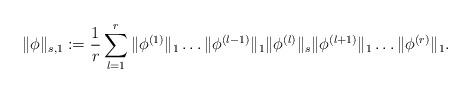
LaTeX: \begin{align*} \|\phi\|_{s,1} &:= \frac{1}{r} \sum_{l=1}^r \|\phi^{(1)}\|_1 \ldots \|\phi^{(l-1)}\|_1 \|\phi^{(l)}\|_s \|\phi^{(l+1)}\|_1 \ldots \|\phi^{(r)}\|_1.\end{align*}